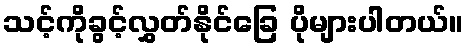
သင့်ကိုခွင့်လွှတ်နိုင်ခြေ ပိုများပါတယ်။